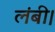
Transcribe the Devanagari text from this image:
लंबी।